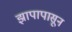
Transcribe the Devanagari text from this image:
झापापासून